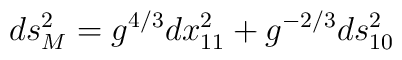
ds_M^2 =g^{4/3}dx_{11}^2+g^{-2/3}ds_{10}^2